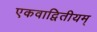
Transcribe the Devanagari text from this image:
एकवाद्वितीयम्